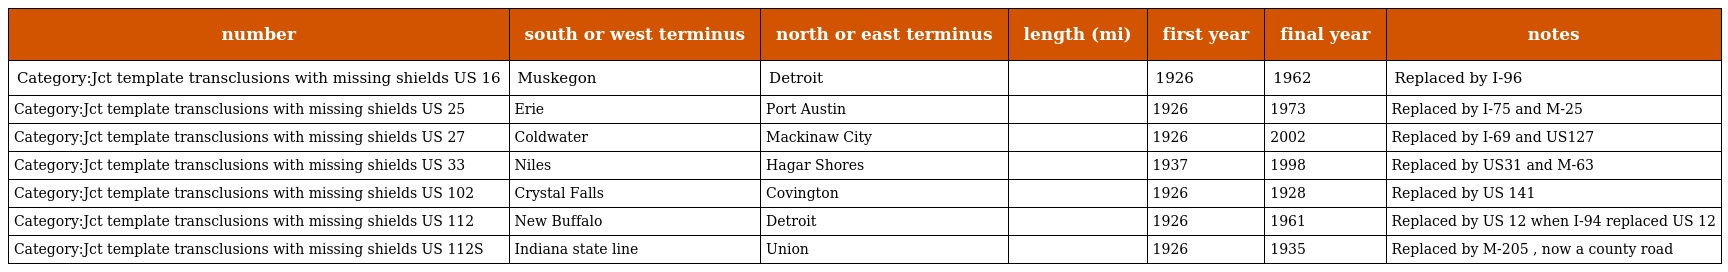
| number | south or west terminus | north or east terminus | length (mi) | first year | final year | notes |
 | --- | --- | --- | --- | --- | --- | --- |
 | Category:Jct template transclusions with missing shields US 16 | Muskegon | Detroit |  | 1926 | 1962 | Replaced by I-96 |
 | Category:Jct template transclusions with missing shields US 25 | Erie | Port Austin |  | 1926 | 1973 | Replaced by I-75 and M-25 |
 | Category:Jct template transclusions with missing shields US 27 | Coldwater | Mackinaw City |  | 1926 | 2002 | Replaced by I-69 and US127 |
 | Category:Jct template transclusions with missing shields US 33 | Niles | Hagar Shores |  | 1937 | 1998 | Replaced by US31 and M-63 |
 | Category:Jct template transclusions with missing shields US 102 | Crystal Falls | Covington |  | 1926 | 1928 | Replaced by US 141 |
 | Category:Jct template transclusions with missing shields US 112 | New Buffalo | Detroit |  | 1926 | 1961 | Replaced by US 12 when I-94 replaced US 12 |
 | Category:Jct template transclusions with missing shields US 112S | Indiana state line | Union |  | 1926 | 1935 | Replaced by M-205 , now a county road |